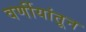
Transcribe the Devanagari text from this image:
वर्णीयांतून